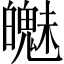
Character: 𲌯